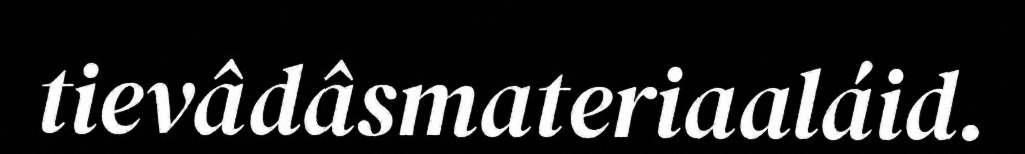
tievâdâsmateriaaláid.